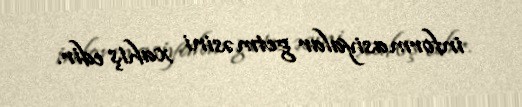
informasiyalar getməsini xahiş edir.